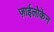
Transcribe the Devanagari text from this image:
ज़ाईलोकेन